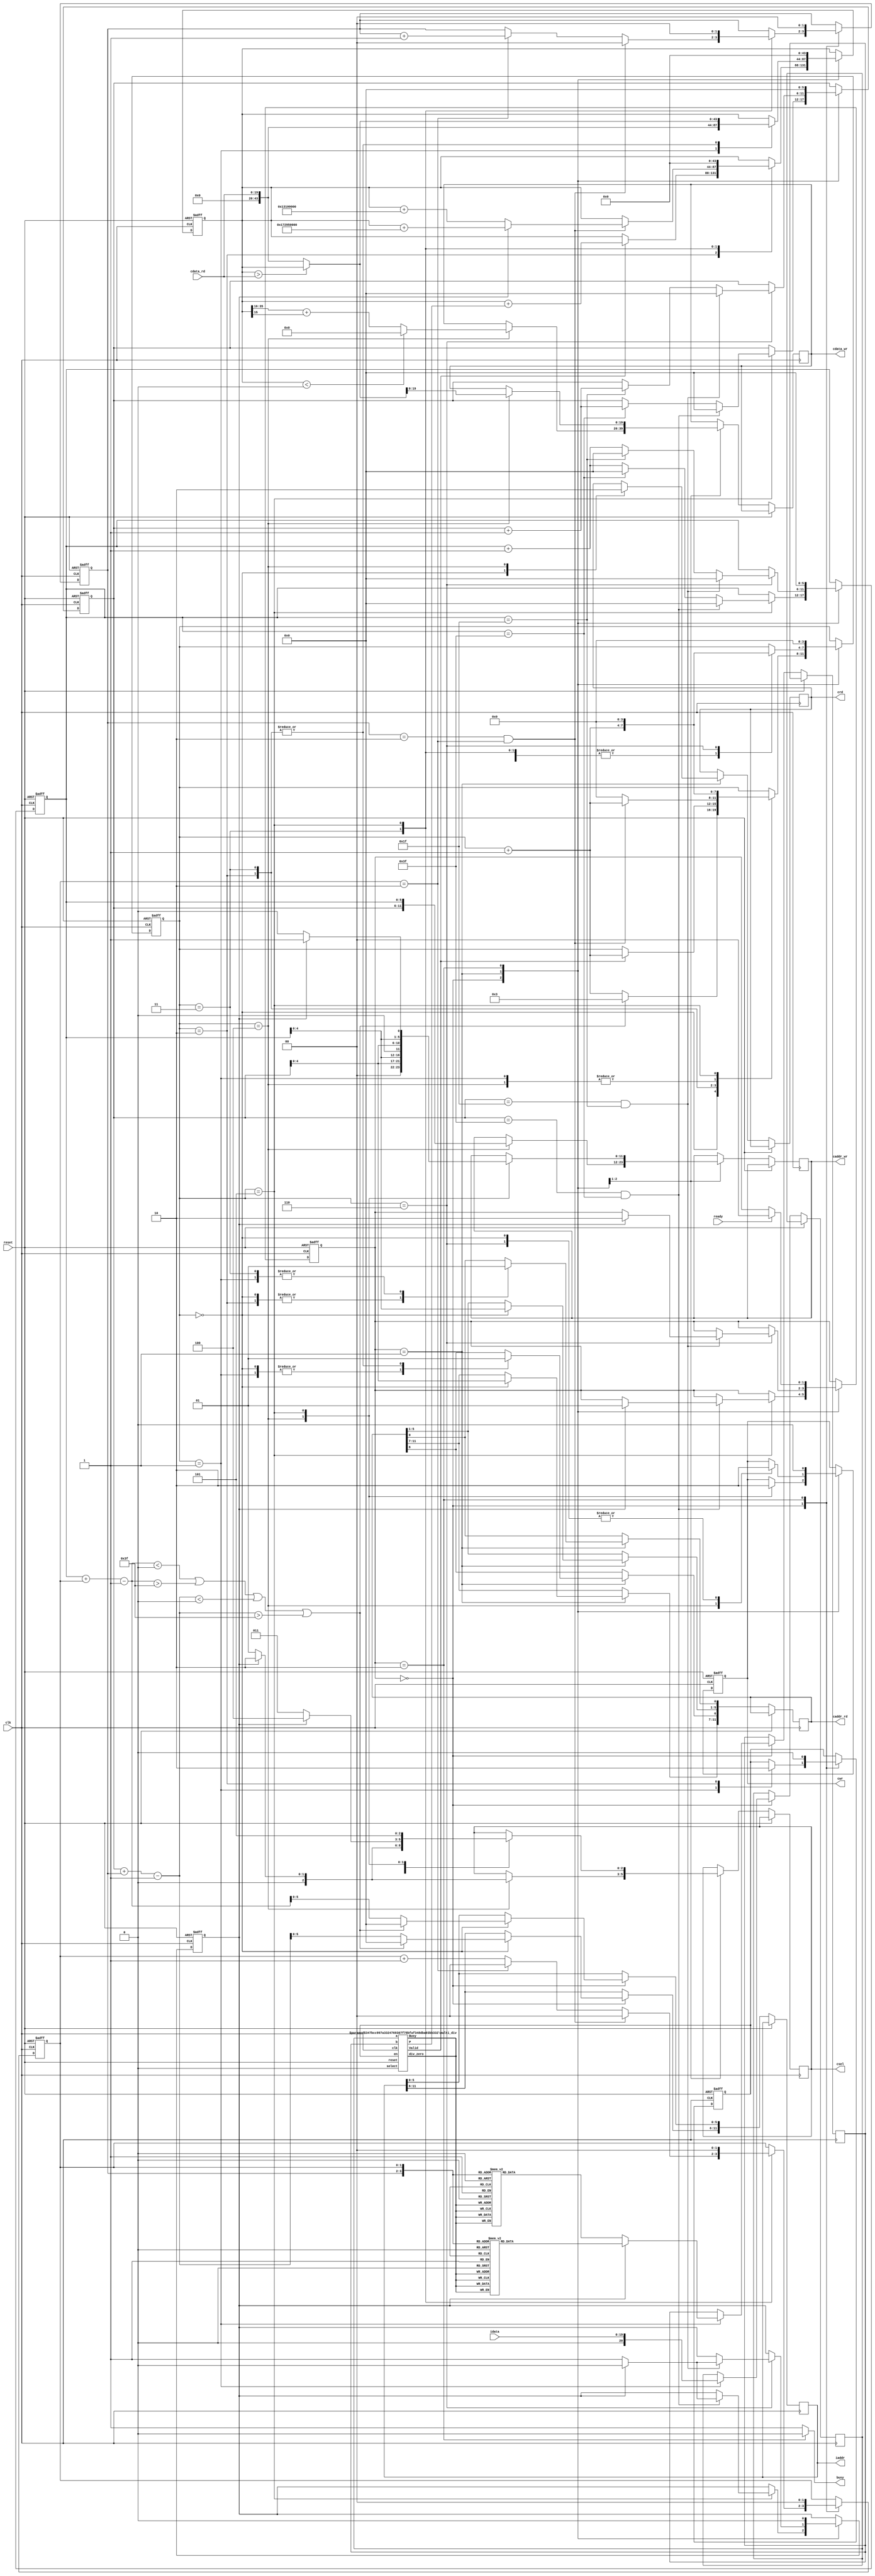

`timescale 1ns/10ps

module  CONV(
	input	wire				clk,
	input	wire				reset,
	output reg 				busy,	
	input	wire				ready,	
			
	output reg [11:0]	iaddr,
	input	wire [19:0] idata, 		// 4 + 16
	
	output reg	 			cwr,
	output reg [11:0]	caddr_wr,
	output reg [19:0]	cdata_wr, // 4 + 16
	
	output reg	 			crd,
	output reg [11:0]	caddr_rd, 
	input	wire [19:0]	cdata_rd, // 4 + 16
	
	output reg [2:0] 	csel	// 0 : no sel
												 	// 1 : layer 0 Kernel 0 result
												 	// 2 : layer 0 Kernel 1 result
												 	// 3 : layer 1 Kernel 0 result
												 	// 4 : layer 1 Kernel 1 result
												 	// 5 : layer 2 
);



	localparam [19:0] KERNEL_0_0 = 20'h0A89E;
	localparam [19:0] KERNEL_0_1 = 20'h092D5;
	localparam [19:0] KERNEL_0_2 = 20'h06D43;
	localparam [19:0] KERNEL_0_3 = 20'h01004;
	localparam [19:0] KERNEL_0_4 = 20'hF8F71;
	localparam [19:0] KERNEL_0_5 = 20'hF6E54;
	localparam [19:0] KERNEL_0_6 = 20'hFA6D7;
	localparam [19:0] KERNEL_0_7 = 20'hFC834;
	localparam [19:0] KERNEL_0_8 = 20'hFAC19;


	localparam [19:0] KERNEL_1_0 = 20'hFDB55;
	localparam [19:0] KERNEL_1_1 = 20'h02992;
	localparam [19:0] KERNEL_1_2 = 20'hFC994;
	localparam [19:0] KERNEL_1_3 = 20'h050FD;
	localparam [19:0] KERNEL_1_4 = 20'h02F20;
	localparam [19:0] KERNEL_1_5 = 20'h0202D;
	localparam [19:0] KERNEL_1_6 = 20'h03BD7;
	localparam [19:0] KERNEL_1_7 = 20'hFD369;
	localparam [19:0] KERNEL_1_8 = 20'h05E68;



	parameter [19:0] BIAS_0 = 20'h01310;
	parameter [19:0] BIAS_1 = 20'hF7295;



	reg [20:0] 	ma;
	reg [19:0]	mb;
	reg  				me;
	wire [40:0] mo;
	wire 				mv;

	multi_div
	#(
	  .SIZE_A(21),
	  .SIZE_B(20),
	  .SIGNED(1),
	  .STEP_SIZE(1) 
	) multi_u1(
	  .clk(clk),.reset(reset),
	  .en(me),
	  .select(1'b0),
	  .a(ma),
	  .b(mb),
	  .P(mo),
	  .div_zero(),
	  .Valid(mv),
	  .Busy()
	);





	parameter LAYER_0 	= 0,
						LAYER_1_2 = 1,
						IDLE 			= 2;


	reg [1:0] 				state;
	reg 							IMG_S;
	reg [5:0] 				state_x,state_y;
	reg [3:0] 				state_step;
	reg [1:0] 				state_dx,state_dy;  

	reg signed [43:0] write_reg;


	always@(*)begin
		busy <= state==IDLE ? 0:1;
	end

	always @(posedge clk or posedge reset) begin
		if(reset)begin

			//if(ready) state <= LAYER_0;
			//else state <= IDLE;
	
			state <= IDLE;
			cwr <= 0;
			IMG_S <= 0;
			me<= 0;
			write_reg <= 0;
			state_step <= 0;
			{state_y,state_x} 	<= 0;
			{state_dx,state_dy} <= 0;
		end else begin
			case(state)
				





				
				LAYER_0:begin	

					
					case(state_step)

						// Out Address
						0:begin

							if( $signed(state_x+state_dx-1) < 0 || $signed(state_x+state_dx-1) > 63 
								|| $signed(state_y+state_dy-1) < 0 || $signed(state_y+state_dy-1) > 63)begin
								iaddr <= 0;	
								state_step <= 3;
							end else begin
								iaddr[11:6] 	<= state_y + state_dy - 1;
								iaddr[5:0] 	<= state_x + state_dx - 1;
								state_step <= state_step + 1;
							end
							
							
						end


						// (Read Data) and ( mov ma mb multi)
						1:begin
							me <= 1;
							ma <= idata;
							if(IMG_S==0)begin
								case({state_dy,state_dx})
									{2'd0,2'd0}: mb <= KERNEL_0_0;
									{2'd0,2'd1}: mb <= KERNEL_0_1;
									{2'd0,2'd2}: mb <= KERNEL_0_2;
									{2'd1,2'd0}: mb <= KERNEL_0_3;
									{2'd1,2'd1}: mb <= KERNEL_0_4;
									{2'd1,2'd2}: mb <= KERNEL_0_5;
									{2'd2,2'd0}: mb <= KERNEL_0_6;
									{2'd2,2'd1}: mb <= KERNEL_0_7;
									{2'd2,2'd2}: mb <= KERNEL_0_8;
									default mb <= 0;
								endcase
							end
							else begin
								case({state_dy,state_dx})
									{2'd0,2'd0}: mb <= KERNEL_1_0;
									{2'd0,2'd1}: mb <= KERNEL_1_1;
									{2'd0,2'd2}: mb <= KERNEL_1_2;
									{2'd1,2'd0}: mb <= KERNEL_1_3;
									{2'd1,2'd1}: mb <= KERNEL_1_4;
									{2'd1,2'd2}: mb <= KERNEL_1_5;
									{2'd2,2'd0}: mb <= KERNEL_1_6;
									{2'd2,2'd1}: mb <= KERNEL_1_7;
									{2'd2,2'd2}: mb <= KERNEL_1_8;
									default mb <= 0;
								endcase
							end

							state_step <= state_step + 1;
						end


						// add write
						2:begin
							me <= 0;
							if(mv)begin // wait multi ip done
								write_reg <= $signed(write_reg) + $signed(mo); 
								state_step <= state_step + 1;
							end
							else state_step <= state_step;
						end


						// refresh dx and dy 
						3:begin

							

							if(state_dy == 2 && state_dx == 2)begin
								//	Write cdata 
								{state_dx,state_dy} <= 0;
								state_step <= state_step + 1;

								//relu
								if(IMG_S) write_reg <= $signed(write_reg) + ($signed(BIAS_1)<<16);
								else write_reg <= $signed(write_reg) + ($signed(BIAS_0)<<16);

							end else if(state_dx == 2)begin
								state_dx <= 0;
								state_dy <= state_dy + 1;
								state_step <= 0;
							end else begin
								state_dx <= state_dx + 1;
								state_step <= 0;
							end
						end


						4:begin
								cwr <= 1;
								csel <= IMG_S ? 2:1;
								state_step <= state_step + 1;
								caddr_wr <= {state_y,state_x};
								cdata_wr <= (write_reg < 0) ? 0 :  ((write_reg>>16)+write_reg[15]) ; // 8+32 
						end


						5:begin

							

							cwr <= 0;
							if(state_y == 63 && state_x == 63)begin
								if(IMG_S)begin
									state <= LAYER_1_2;
									IMG_S <= 0;
								end else begin
									IMG_S <= 1;
								end 	
								state_x <= 0;
								state_y <= 0;
							end 
							else if(state_x == 63)begin
								state_x <= 0;
								state_y <= state_y + 1; 
							end 
							else begin
								state_x <= state_x + 1;
							end

							state_dx <= 0;
							state_dy <= 0;
							state_step <= 0;
							
							write_reg <= 0;

						end



					endcase
				
				end 
				
				







			

				
				LAYER_1_2:begin
					case(state_step)
						0:begin
							csel <= IMG_S ? 2 : 1;
							cwr <= 0;
							crd <= 1;
							caddr_rd[11-:5] <= state_y; 
							caddr_rd[5-:5]  <= state_x; 
							caddr_rd[6] <= 0;
							caddr_rd[0] <= 0;
							state_step <= state_step + 1;
						end
						1:begin
							caddr_rd[6] <= 0;
							caddr_rd[0] <= 1;
							write_reg <= 	cdata_rd;			
							state_step <= state_step + 1;
						end
						2:begin
							caddr_rd[6] <= 1;
							caddr_rd[0] <= 0;
							write_reg <= (write_reg > cdata_rd) ? write_reg : cdata_rd;			
							state_step <= state_step + 1;
						end
						3:begin
							caddr_rd[6] <= 1;
							caddr_rd[0] <= 1;
							write_reg <= (write_reg > cdata_rd) ? write_reg : cdata_rd;			
							state_step <= state_step + 1;
						end
						4:begin
							
							crd <= 0;
							cwr <= 1;
							csel <= IMG_S ? 4 : 3;
							caddr_wr <= {2'b00,state_y[4:0],state_x[4:0]};
							cdata_wr <= (write_reg > cdata_rd) ? write_reg : cdata_rd;			

							state_step <= state_step + 1;
						end

						5:begin
							csel <= 5;
							if(IMG_S) caddr_wr <= {1'b0,state_y[4:0],state_x[4:0],1'b1};
							else caddr_wr <= {1'b0,state_y[4:0],state_x[4:0],1'b0};
							
							state_step <= state_step + 1;
						end

						6:begin
							cwr <= 0;
							if(state_y==31 && state_x==31)begin
								if(IMG_S)begin
									state <= IDLE;
									IMG_S <= 0;
								end else begin
									IMG_S <= 1;
								end
								state_x <= 0;
								state_y <= 0;
							end
							else if(state_x == 31)begin
								state_y <= state_y + 1;
								state_x <= 0;
							end else begin
								state_x <= state_x + 1;
							end
							state_step <= 0;

						end
					endcase
				end
				
				
				
				




				
				




				
				
				IDLE:begin
					if(ready)begin
						state <= LAYER_0;
					end

					cwr <= 0;
					IMG_S <= 0;
					me <= 0;
					write_reg <= 0;
					state_step <= 0;
					{state_y,state_x} 	<= 0;
					{state_dx,state_dy} <= 0;
				end






			endcase
		end
	end





endmodule











// File Name:
//  mulit_div.v
//
// Interface:
//  
//  Author:
//    CHONG-HAO XU
//
//  Descritpion:
//    select: multi : 0
//            div   : 1   
//    


module multi_div
#(
  parameter SIZE_A = 128,
  parameter SIZE_B = 64,
  parameter SIGNED = 0,
  parameter STEP_SIZE = 1 
)(
  input wire clk,reset,
  input wire en,
  input wire select,
  input wire [SIZE_A-1:0] a,
  input wire [SIZE_B-1:0] b,
  output reg [SIZE_A+SIZE_B-1:0] P,
  output reg div_zero,
  output reg Valid,
  output reg Busy
);

  parameter READ_IN       = 0,
            CALCULATE     = 1,
            PREPARE_DATA  = 2,
            DATA_OUT      = 3;


  reg [1:0] state;
  reg [9:0] state_counter;
  
  reg neg_signed;

  reg [SIZE_A-1:0] data_b;
  reg [SIZE_A+SIZE_B:0] r;  //a + 1'b0 + SIZE_B'b0

  always@(*)begin
    Valid <= (state == DATA_OUT) ? 1'b1:1'b0;
    Busy  <= (state == CALCULATE || state == PREPARE_DATA) ? 1'b1:1'b0;
  end


  always@(posedge clk or posedge reset)begin
    if(reset)begin
      state <= READ_IN;
      state_counter <= 0;
    end else begin
      case(state)
        
        
        READ_IN   :begin
          if(en)begin

            if(select && b==0)begin
              state <= DATA_OUT;
              div_zero <= 1;
            end else begin
              state <= CALCULATE;
              div_zero <= 0;
            end 
            state_counter <= 0;

          end  
        end
        
        
        
        
        CALCULATE :begin
          

          if(state_counter == (SIZE_A/STEP_SIZE)-1)begin
            state <= PREPARE_DATA;
            state_counter <= 0;
          end
          else begin
            state_counter <= state_counter + 1;
          end

        end
        
        

        PREPARE_DATA:begin
          state <= DATA_OUT;
          state_counter <= 0;
        end
        
        
        DATA_OUT  :begin
          state <= READ_IN;
          state_counter <= 0;
        end
        
        
        default begin
          state <= READ_IN;
          state_counter <= 0;
        end

      endcase
    end
  end



  reg [SIZE_A-1:0] na;
  reg [SIZE_B-1:0] nb;

  reg in_select;
  integer i;
  always@(posedge clk or posedge reset)begin
    if(reset)begin
      r = 0;
      data_b = 0;
			P = 0;
      neg_signed = 0;
    end else begin


      case(state)
        
        READ_IN   :begin
          if(en)begin
            
            if(SIGNED)begin
              neg_signed = a[SIZE_A-1] ^ b[SIZE_B-1];
              na = a[SIZE_A-1] ? -a:a;
              nb = b[SIZE_B-1] ? -b:b;
            end
            else begin
              na = a;
              nb = b;
            end

            r = {na,1'b0,{SIZE_B{1'b0}}};
            data_b = nb;
            in_select = select;

          end  
        end
        
        
        
        
        CALCULATE :begin

          for(i=0;i<STEP_SIZE;i=i+1)begin 
          	r = r[SIZE_A+SIZE_B] ? ((r<<1)+data_b) : (r<<1);
          end
        end

        PREPARE_DATA:begin
          
          P = r[SIZE_A+SIZE_B-1:0];
          
          if(neg_signed)begin
            P = -P;
          end
        end

      endcase
    end
  end




endmodule